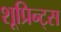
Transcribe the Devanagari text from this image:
शूप्रिन्ट्स